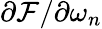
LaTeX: \partial\mathcal{F}/\partial\omega_{n}